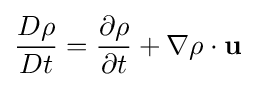
{D\rho  \over Dt}={\partial \rho  \over \partial t}+{\nabla \rho \cdot \mathbf {u} }